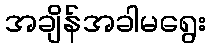
အချိန်အခါမရွေး